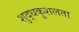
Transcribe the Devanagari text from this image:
शुद्धकुशलता